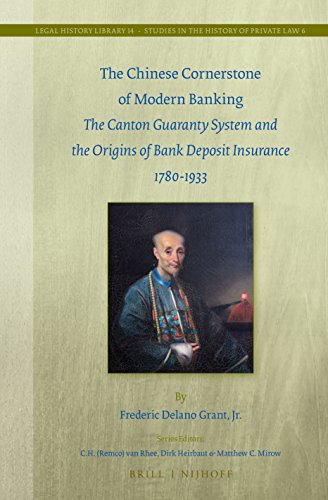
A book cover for The Chinese Cornerstone of Modern Banking: The Canton Guaranty System and the Origins of Bank Deposit Insurance, 1780-1933 (Legal History Library - Studies in the History of Private Law 6); Frederic Delano, Jr. Grant; Business & Money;